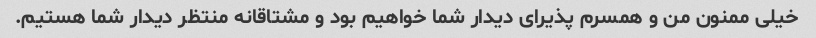
خیلی ممنون من و همسرم پذیرای دیدار شما خواهیم بود و مشتاقانه منتظر دیدار شما هستیم.